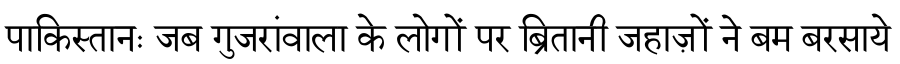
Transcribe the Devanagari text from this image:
पाकिस्तानः जब गुजरांवाला के लोगों पर ब्रितानी जहाज़ों ने बम बरसाये